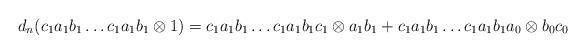
LaTeX: \begin{align*}d_n(c_1a_1b_1 \dots c_1a_1b_1 \otimes 1) = c_1a_1b_1 \dots c_1a_1b_1c_1 \otimes a_1b_1 + c_1a_1b_1 \dots c_1a_1b_1a_0 \otimes b_0c_0\end{align*}